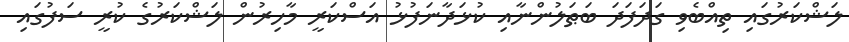
ލަޝްކަރުގައި ތިއްބެވި ގަދަފަދަ ބަޠަލުންނާއި ކުޅަދާނަފުޅު އަސްކަރީ މާހިރުން ލަޝްކަރުގެ ކުރީ ސަފުގައި